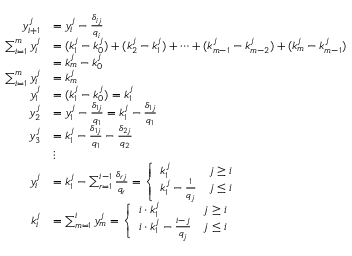
{ \begin{array} { r l } { y _ { i + 1 } ^ { j } } & { = y _ { i } ^ { j } - { \frac { \delta _ { i j } } { q _ { i } } } } \\ { \sum _ { i = 1 } ^ { m } y _ { i } ^ { j } } & { = ( k _ { 1 } ^ { j } - k _ { 0 } ^ { j } ) + ( k _ { 2 } ^ { j } - k _ { 1 } ^ { j } ) + \cdots + ( k _ { m - 1 } ^ { j } - k _ { m - 2 } ^ { j } ) + ( k _ { m } ^ { j } - k _ { m - 1 } ^ { j } ) } \\ & { = k _ { m } ^ { j } - k _ { 0 } ^ { j } } \\ { \sum _ { i = 1 } ^ { m } y _ { i } ^ { j } } & { = k _ { m } ^ { j } } \\ { y _ { 1 } ^ { j } } & { = ( k _ { 1 } ^ { j } - k _ { 0 } ^ { j } ) = k _ { 1 } ^ { j } } \\ { y _ { 2 } ^ { j } } & { = y _ { 1 } ^ { j } - { \frac { \delta _ { 1 j } } { q _ { 1 } } } = k _ { 1 } ^ { j } - { \frac { \delta _ { 1 j } } { q _ { 1 } } } } \\ { y _ { 3 } ^ { j } } & { = k _ { 1 } ^ { j } - { \frac { \delta _ { 1 j } } { q _ { 1 } } } - { \frac { \delta _ { 2 j } } { q _ { 2 } } } } \\ & { \vdots } \\ { y _ { i } ^ { j } } & { = k _ { 1 } ^ { j } - \sum _ { r = 1 } ^ { i - 1 } { \frac { \delta _ { r j } } { q _ { r } } } = { \left\{ \begin{array} { l l } { k _ { 1 } ^ { j } } & { j \geq i } \\ { k _ { 1 } ^ { j } - { \frac { 1 } { q _ { j } } } } & { j \leq i } \end{array} \right. } } \\ { k _ { i } ^ { j } } & { = \sum _ { m = 1 } ^ { i } y _ { m } ^ { j } = { \left\{ \begin{array} { l l } { i \cdot k _ { 1 } ^ { j } } & { j \geq i } \\ { i \cdot k _ { 1 } ^ { j } - { \frac { i - j } { q _ { j } } } } & { j \leq i } \end{array} \right. } } \end{array} }